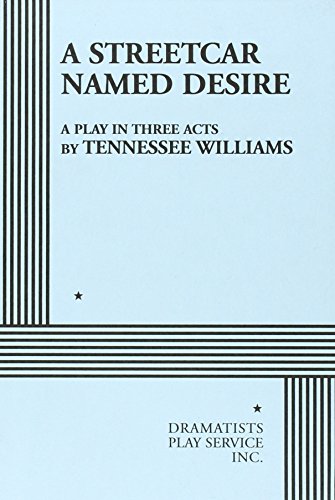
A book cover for A Streetcar Named Desire.; Tennessee Williams; Literature & Fiction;